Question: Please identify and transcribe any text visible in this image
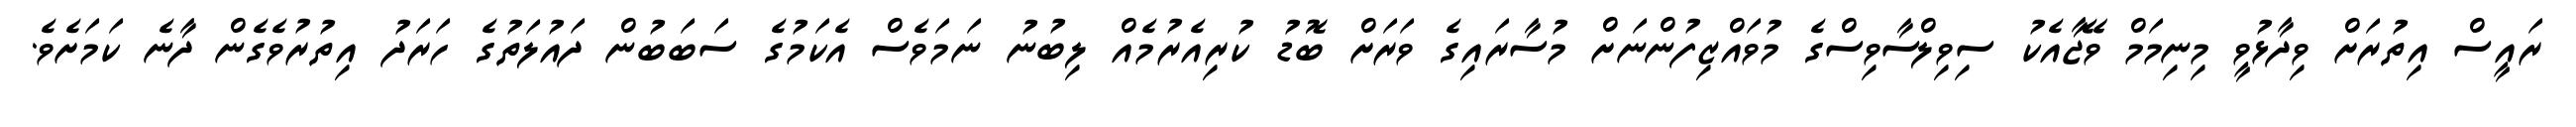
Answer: ރައީސް އިތުރަށް ވިދާޅުވީ މިނިމަމް ވޭޖާއެކު ސިވިލްސާވިސްގެ މުވައްޒިފުންނަށް މުސާރައިގެ ވަރަށް ބޮޑު ކުރިއެރުމެއް ލިބުނު ނަމަވެސް އެކަމުގެ ސަބަބުން ދައުލަތުގެ ހަރަދު އިތުރުވެގެން ދާނެ ކަމަށެވެ.